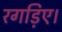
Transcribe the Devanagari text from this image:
रगड़िए।